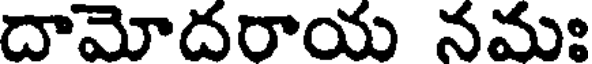
దామోదరాయ నమః